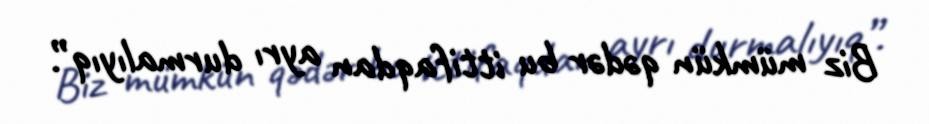
Biz mümkün qədər bu ittifaqdan ayrı durmalıyıq”.